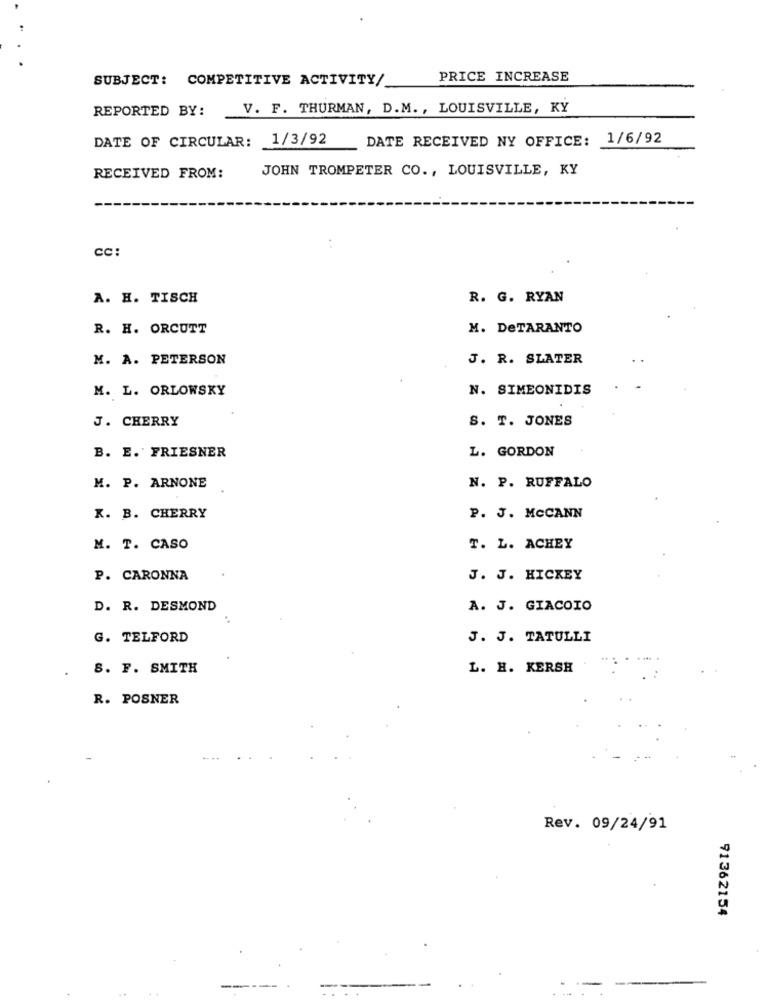
SUBJECT: COMPETITIVE ACTIVITY/
PRICE INCREASE
REPORTED BY:
V. F. THURMAN, D.M ., LOUISVILLE, KY
DATE OF CIRCULAR: 1/3/92
DATE RECEIVED NY OFFICE:
1/6/92
JOHN TROMPETER CO ., LOUISVILLE, KY
RECEIVED FROM:
CC:
A. H. TISCH
R. G. RYAN
R. H. ORCUTT
M. DeTARANTO
M. A. PETERSON
J. R. SLATER
M. L. ORLOWSKY
N. SIMEONIDIS
J. CHERRY
S. T. JONES
L. GORDON
B. E. FRIESNER
M. P. ARNONE
N. P. RUFFALO
K. B. CHERRY
P. J. MCCANN
M. T. CASO
T. L. ACHEY
P. CARONNA
J. J. HICKEY
D. R. DESMOND
A. J. GIACOIO
G. TELFORD
J. J. TATULLI
S. F. SMITH
L. H. KERSH
R. POSNER
Rev. 09/24/91
91362154
-----
-